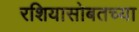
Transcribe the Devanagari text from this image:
रशियासोबतच्या